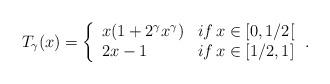
LaTeX: \begin{align*} T_\gamma(x) = \left\{ \begin{array}{ll} x(1+2^\gamma x^\gamma) & if \, x \in [0, 1/2[ \\ 2x - 1 & if \, x \in [1/2, 1] \end{array} \right. . \end{align*}